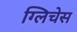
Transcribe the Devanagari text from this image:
ग्लिचेस